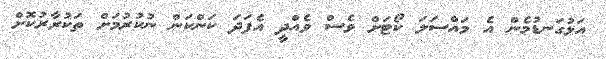
އަޅުގަނޑުމެން އެ މައްސަލަ ކޯޓަށް ވެސް ވެއްދީ އެފަދަ ކަންކަން ނުކުރުމަށް ތަކުރާރުކޮށް